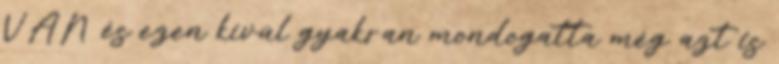
VAN és ezen kívül gyakran mondogatta még azt is